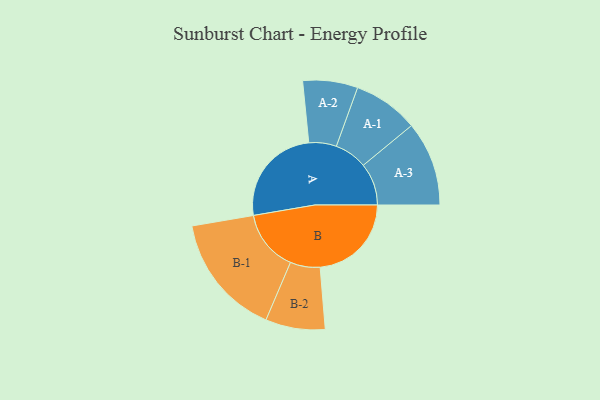
{"axis": {"x": "Segment", "y": "Value"}, "legend": ["", "A", "B"], "data": [{"x": "A", "y": 476, "type": ""}, {"x": "B", "y": 432, "type": ""}, {"x": "A-1", "y": 155, "type": "A"}, {"x": "A-2", "y": 130, "type": "A"}, {"x": "A-3", "y": 200, "type": "A"}, {"x": "B-1", "y": 290, "type": "B"}, {"x": "B-2", "y": 141, "type": "B"}]}